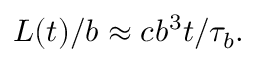
{ L ( t ) } / b \approx { c b ^ { 3 } t } / { \tau _ { b } } .